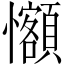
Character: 𪭄